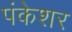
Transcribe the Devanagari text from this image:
पंकेशर